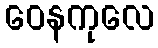
ဝေနကုလေ